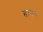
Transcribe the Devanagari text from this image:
हावन